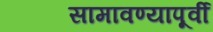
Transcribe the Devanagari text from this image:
सामावण्यापूर्वी